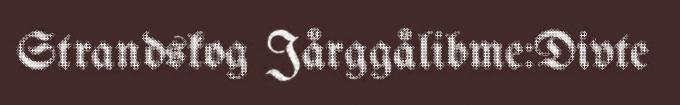
Strandskog Jårggålibme:Divte